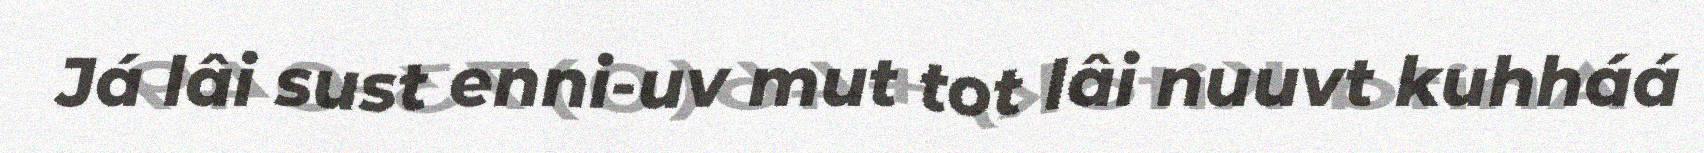
Já lâi sust enni-uv mut tot lâi nuuvt kuhháá